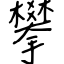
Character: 攀